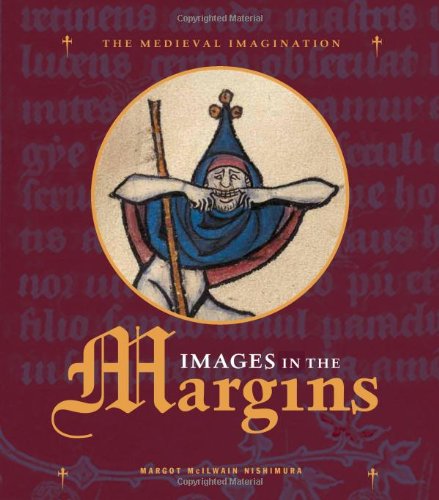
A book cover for Images in the Margins (Medieval Imagination); Margot Nishimura; Literature & Fiction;